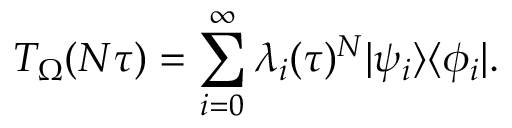
T _ { \Omega } ( N \tau ) = \sum _ { i = 0 } ^ { \infty } \lambda _ { i } ( \tau ) ^ { N } | \psi _ { i } \rangle \langle \phi _ { i } | .